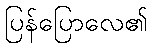
ပြန်ပြောလေ၏